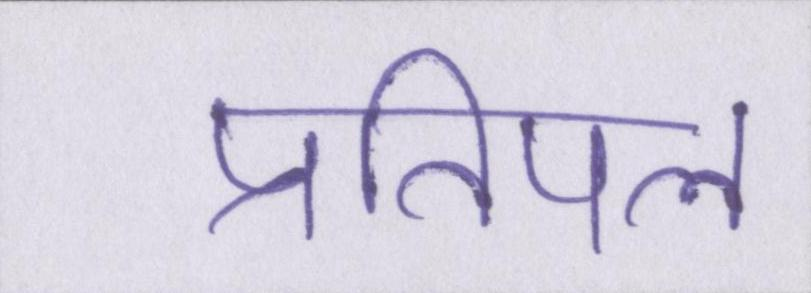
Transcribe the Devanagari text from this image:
प्रतिपल